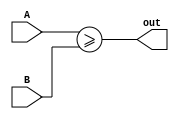
module ge2(output wire out, input wire [1:0] A, input wire [1:0] B);

   assign out = A >= B;

endmodule // ge2